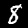
Label: 8